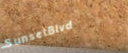
SunsetBlvd